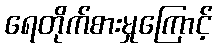
ရေတိုက်စားမှုကြောင့်